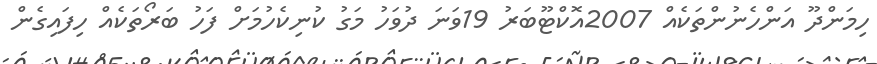
ހިމަންދޫ އަންހެނުންތަކެއް 2007އޮކްޓޫބަރު 19ވަނަ ދުވަހު މަގު ކުނިކެހުމަށް ފަހު ބަރޯތަކެއް ހިފައިގެން